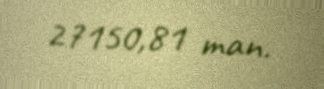
27150,81 man.